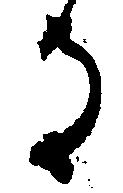
る